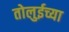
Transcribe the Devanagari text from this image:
तोलुईच्या